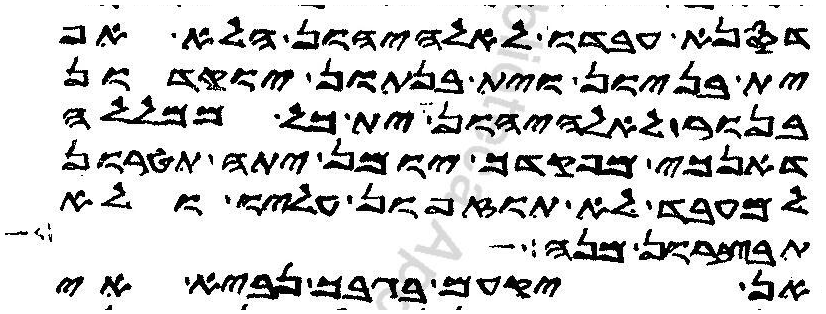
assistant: דסנא עבדו לאלהיהון הלא אף
ית בניון וית בנתון יוקדון
בנור לאלהיהון ית כל ממללה
דאנכי מפקדך יומן יתה תטרון
למעבד לא תוזפון עליו ולא
תבצרון מנה
אן יקעם בגבך נביא אי